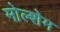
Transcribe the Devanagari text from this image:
मोल्शेम